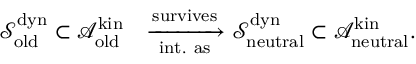
\begin{array} { r l } { \mathcal { S } _ { \mathrm { o l d } } ^ { \mathrm { d y n } } \subset \mathcal { A } _ { \mathrm { o l d } } ^ { \mathrm { k i n } } } & { \xrightarrow [ \mathrm { i n t . ~ a s } ] { \mathrm { s u r v i v e s } } \mathcal { S } _ { \mathrm { n e u t r a l } } ^ { \mathrm { d y n } } \subset \mathcal { A } _ { \mathrm { n e u t r a l } } ^ { \mathrm { k i n } } . } \end{array}